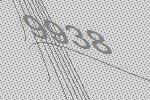
9938